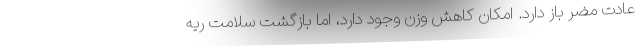
عادت مضر باز دارد. امکان کاهش وزن وجود دارد، اما بازگشت سلامت ریه